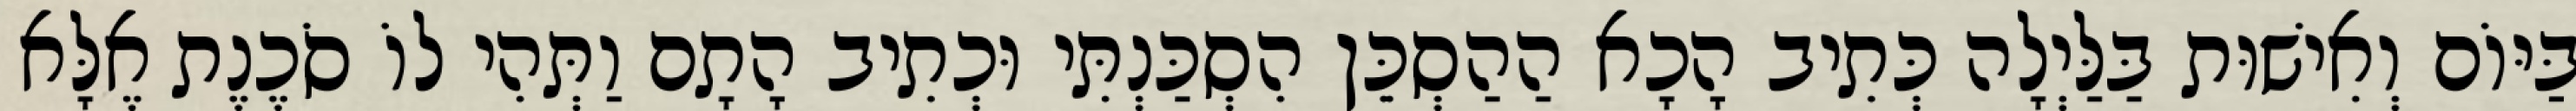
בַּיּוֹם וְאִישׁוּת בַּלַּיְלָה כְּתִיב הָכָא הַהַסְכֵּן הִסְכַּנְתִּי וּכְתִיב הָתָם וַתְּהִי לוֹ סֹכֶנֶת אֶלָּא